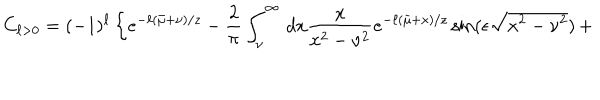
C _ { \ell > 0 } = ( - 1 ) ^ { \ell } \left\{ e ^ { - \ell ( \bar { \mu } + \nu ) / z } - { \frac { 2 } { \pi } } \int _ { \nu } ^ { \infty } \, d x { \frac { x } { x ^ { 2 } - \nu ^ { 2 } } } e ^ { - \ell ( \bar { \mu } + x ) / z } \sin ( \epsilon \sqrt { x ^ { 2 } - \nu ^ { 2 } } ) \, + \right.